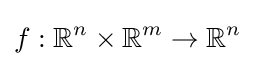
f:\mathbb {R} ^{n}\times \mathbb {R} ^{m}\to \mathbb {R} ^{n}